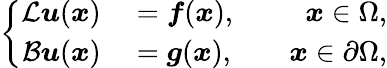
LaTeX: \left\{ \begin{array}{rlr}{\mathcal{L}\boldsymbol{u}(\boldsymbol{x})}&{{}=\boldsymbol{f}(\boldsymbol{x}),}&{\quad\boldsymbol{x}\in\Omega,}\\ {\mathcal{B}\boldsymbol{u}(\boldsymbol{x})}&{{}=\boldsymbol{g}(\boldsymbol{x}),}&{\quad\boldsymbol{x}\in\partial\Omega,}\end{array}\right.